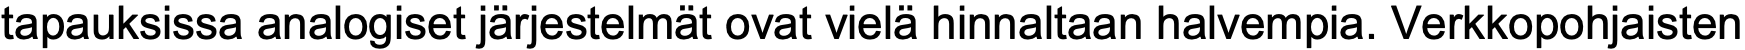
tapauksissa analogiset järjestelmät ovat vielä hinnaltaan halvempia. Verkkopohjaisten